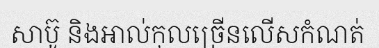
សាប៊ូ និងអាល់កុលច្រើនលើសកំណត់